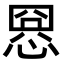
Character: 𢝕